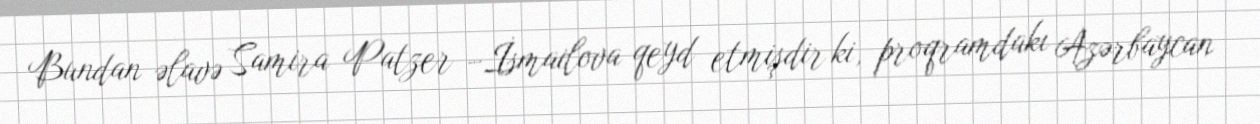
Bundan əlavə Samira Patzer –İsmailova qeyd etmişdir ki, proqramdakı Azərbaycan